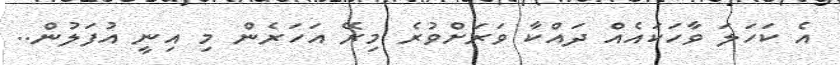
އެ ކަހަލަ ވާހަކައެއް ދައްކާ ވަރަށްވުރެ މިރޭ އަހަރެން މި އިނީ އުފަލުން..